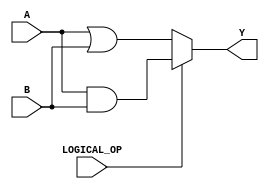
module logical(A, B, LOGICAL_OP, Y); // add all inputs and outputs inside parentheses

  // inputs
  input [7:0] A;
  input [7:0] B;
  input LOGICAL_OP;
  
  // outputs
  output reg [7:0] Y;
  
  // reg and internal variable definitions
  // implement module here

  always@(*) begin
  	if(LOGICAL_OP == 1'b1) Y = A & B;
  	else Y = A | B;
  end

  
endmodule